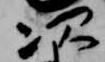
次